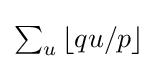
{\textstyle \sum _{u}\left\lfloor qu/p\right\rfloor }